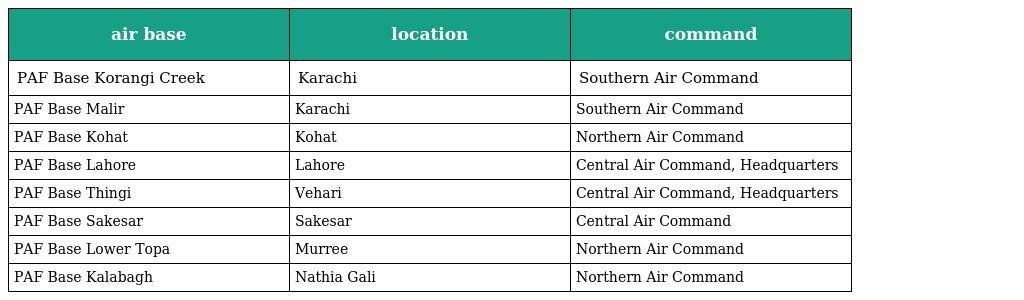
| air base | location | command |
 | --- | --- | --- |
 | PAF Base Korangi Creek | Karachi | Southern Air Command |
 | PAF Base Malir | Karachi | Southern Air Command |
 | PAF Base Kohat | Kohat | Northern Air Command |
 | PAF Base Lahore | Lahore | Central Air Command, Headquarters |
 | PAF Base Thingi | Vehari | Central Air Command, Headquarters |
 | PAF Base Sakesar | Sakesar | Central Air Command |
 | PAF Base Lower Topa | Murree | Northern Air Command |
 | PAF Base Kalabagh | Nathia Gali | Northern Air Command |